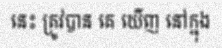
នេះ ត្រូវបាន គេ ឃើញ នៅក្នុង